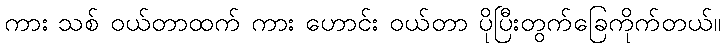
ကား သစ် ဝယ်တာထက် ကား ဟောင်း ဝယ်တာ ပိုပြီးတွက်ခြေကိုက်တယ်။